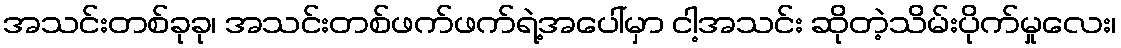
အသင်းတစ်ခုခု၊ အသင်းတစ်ဖက်ဖက်ရဲ့အပေါ်မှာ ငါ့အသင်း ဆိုတဲ့သိမ်းပိုက်မှုလေး၊